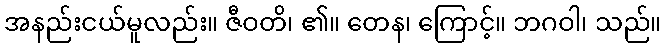
အနည်းငယ်မူလည်း။ ဇီဝတိ၊ ၏။ တေန၊ ကြောင့်။ ဘဂဝါ၊ သည်။